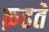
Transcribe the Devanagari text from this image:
क़हते